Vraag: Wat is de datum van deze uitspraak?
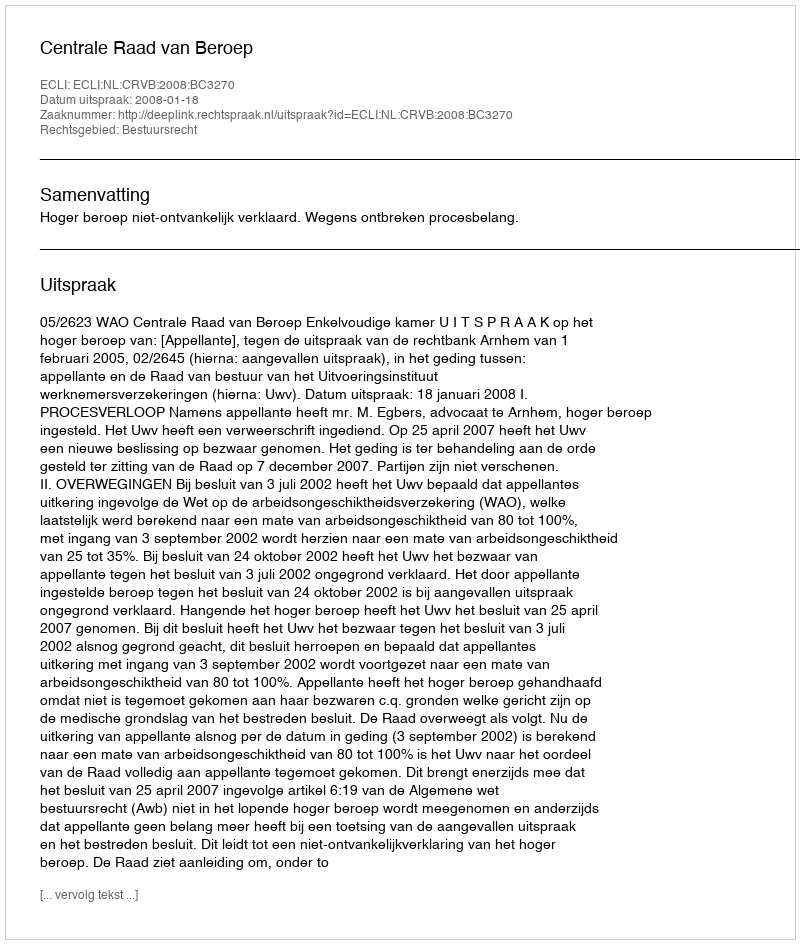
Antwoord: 2008-01-18